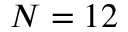
N = 1 2